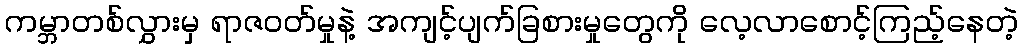
ကမ္ဘာတစ်လွှားမှ ရာဇဝတ်မှုနဲ့ အကျင့်ပျက်ခြစားမှုတွေကို လေ့လာစောင့်ကြည့်နေတဲ့